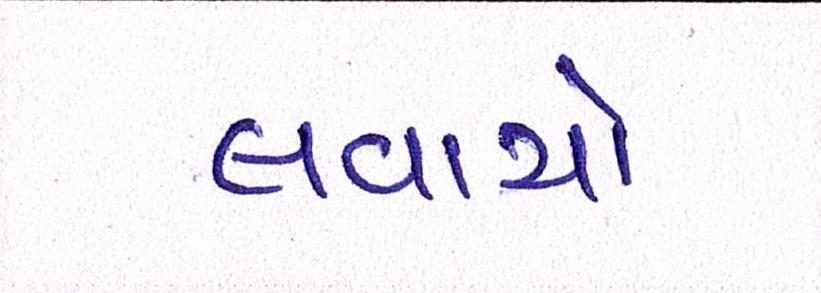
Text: લવાયો